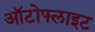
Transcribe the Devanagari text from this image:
ऑटोफ्लाइट